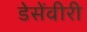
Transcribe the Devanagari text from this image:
डेसेंवीरी